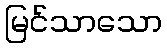
မြင်သာသော